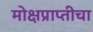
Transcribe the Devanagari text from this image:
मोक्षप्राप्तीचा